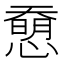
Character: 𢡰